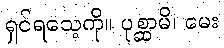
ရှင်ရသေ့ကို။ ပုစ္ဆာမိ၊ မေး